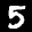
Label: 5